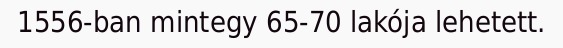
1556-ban mintegy 65-70 lakója lehetett.